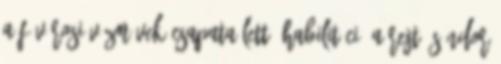
a Fõvárosi Vízmûvek csapata lett. Habilitáció A Rejtõ Sándor